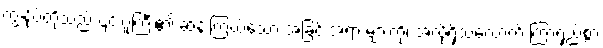
ကျွန်ုပ်တို့သည် ၎င်းဂူကြီး၏ ဆန်းကြယ်သော အခြင်းအရာ များကို၊ အလိုရှိသလောက် ကြာရှည်စွာ